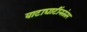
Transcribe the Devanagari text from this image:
वाटाघाटींनतंतर